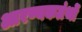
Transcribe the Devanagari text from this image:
आरण्यकग्रंथों